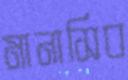
মানাসিব